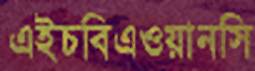
এইচবিএওয়ানসি